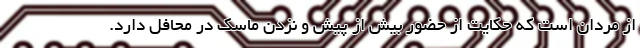
از مردان است که حکایت از حضور بیش از پیش و نزدن ماسک در محافل دارد.